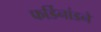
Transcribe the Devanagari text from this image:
फर्डिनांडने